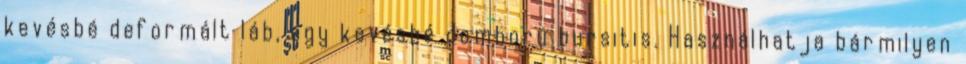
kevésbé deformált láb, egy kevésbé domború bursitis. Használhatja bármilyen